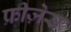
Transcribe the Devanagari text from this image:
फ्रीज़ेस